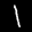
Label: 1